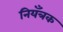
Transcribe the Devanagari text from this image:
नियँत्रक